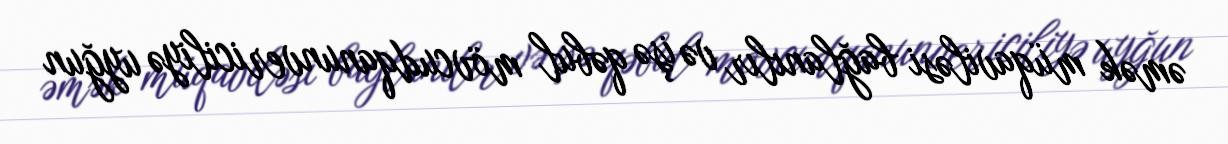
əmək müqaviləsi bağlanılır və işə qəbul mövcudqanunvericiliyə uyğun